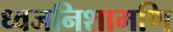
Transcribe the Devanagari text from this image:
ध्वजनिशामणि